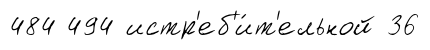
484 494 истр'еб'и́т'ельной 36